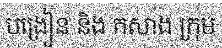
បង្រៀន និង កសាង ក្រុម